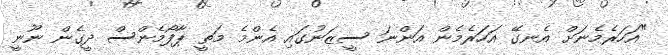
"އަހަރެމެނަށް އެނގޭ އަަހަރެމެން އަންނަ ސީޒަނުގައި އެންމެ މަތީ ޕާފޯމެންސް ދީގެން ނޫނީ